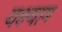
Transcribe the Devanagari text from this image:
वक्ष्याम